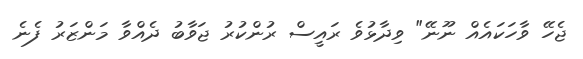
ޖެހޭ ވާހަކައެއް ނޫނޭ" ވިދާޅުވެ ރައީސް ރުންކުރު ޖަވާބު ދެއްވާ މަންޒަރު ފެނެ